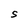
Character: S